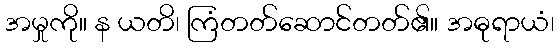
အမှုကို။ န ယတိ၊ ကြံတတ်ဆောင်တတ်၏။ အဓုရာယံ၊